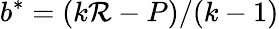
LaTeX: b^{*}=(k\mathcal{R}-P)/(k-1)